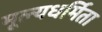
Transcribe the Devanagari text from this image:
मूल्यधर्मिता